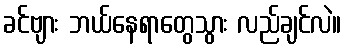
ခင်ဗျား ဘယ်နေရာတွေသွား လည်ချင်လဲ။